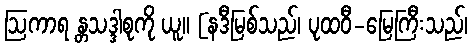
ဩကာရ န္တသဒ္ဒါစုကို ယူ။ [နဒီမြစ်သည်၊ ပုထဝီ-မြေကြီးသည်၊